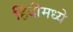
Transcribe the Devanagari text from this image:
हिंंदीमध्ये